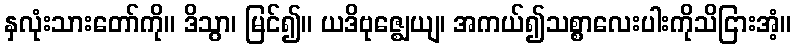
နှလုံးသားတော်ကို။ ဒိသွာ၊ မြင်၍။ ယဒိဗုဇ္ဈေယျ၊ အကယ်၍သစ္စာလေးပါးကိုသိငြားအံ့။